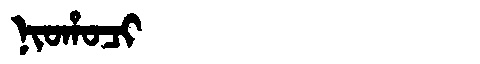
Manchu: ᠨᡳᠣᡥᠣᠴᡳ
Romanization: NIOHOCI